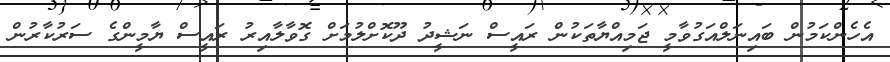
އެހެންކަމުން ބައިނަލްއަގުވާމީ ޖަމިއްޔާތަކުން ރައީސް ނަޝީދު ދޫކޮށްލުމަށް ގޮވާލާއިރު ރައީސް ޔާމީންގެ ސަރުކާރުން